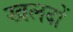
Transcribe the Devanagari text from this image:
खलदों